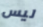
ليس